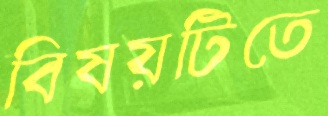
বিষয়টিতে